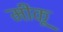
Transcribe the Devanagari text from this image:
मीकू